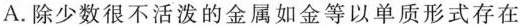
A.除少数很不活泼的金属如金等以单质形式存在